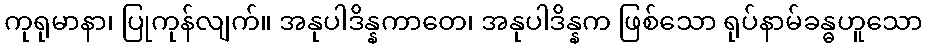
ကုရုမာနာ၊ ပြုကုန်လျက်။ အနုပါဒိန္နကာတေ၊ အနုပါဒိန္နက ဖြစ်သော ရုပ်နာမ်ခန္ဓဟူသော